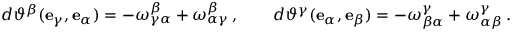
d \vartheta ^ { \beta } ( \mathbf { e } _ { \gamma } , \mathbf { e } _ { \alpha } ) = - \omega ^ { \beta } _ { \gamma \alpha } + \omega ^ { \beta } _ { \alpha \gamma } \, , \qquad d \vartheta ^ { \gamma } ( \mathbf { e } _ { \alpha } , \mathbf { e } _ { \beta } ) = - \omega ^ { \gamma } _ { \beta \alpha } + \omega ^ { \gamma } _ { \alpha \beta } \, .